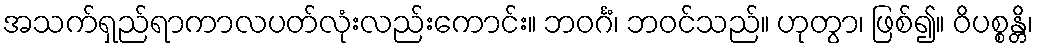
အသက်ရှည်ရာကာလပတ်လုံးလည်းကောင်း။ ဘဝင်္ဂံ၊ ဘဝင်သည်။ ဟုတွာ၊ ဖြစ်၍။ ဝိပစ္စန္တိ၊